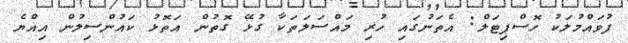
ފުވައްމުލަކު ހޮސްޕިޓަލް: އެތަނުގައި ހުރި މައްސަލަތަކާ ގުޅޭ ގޮތުން އަތޮޅު ކައުންސިލުން އިއްޔެ